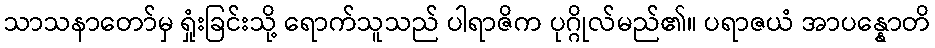
သာသနာတော်မှ ရှုံးခြင်းသို့ ရောက်သူသည် ပါရာဇိက ပုဂ္ဂိုလ်မည်၏။ ပရာဇယံ အာပန္နောတိ